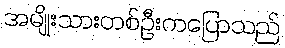
အမျိုးသားတစ်ဦးကပြောသည်